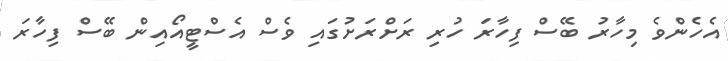
އެހެންވެ މިހާރު ބޭސް ފިހާރަ ހުރި ރަށްރަށުގައި ވެސް އެސްޓީއޯއިން ބޭސް ފިހާރަ